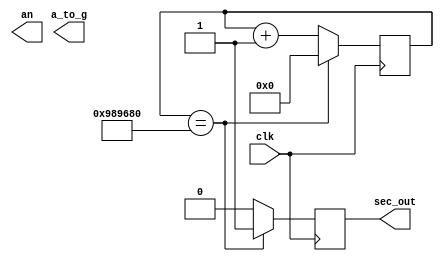
`timescale 1ns / 1ps
//////////////////////////////////////////////////////////////////////////////////
// Company: 
// Engineer: 
// 
// Design Name: 
// Module Name: sec_gen
// Project Name: 
// Target Devices: 
// Tool Versions: 
// Description: ,
// 
// Dependencies: 
// 
// Revision:
// Revision 0.01 - File Created
// Additional Comments:
// 
//////////////////////////////////////////////////////////////////////////////////
module one_sec_count(
    input clk,
    output reg [0:6] a_to_g,
    output reg [3:0] an,
    output reg sec_out
);

    reg [25:0] n;
    initial begin
        n <= 26'b0;
    end

    always @(posedge clk) begin
        if (n == 30'd10000000) begin
            n <= 26'd0;
        end
        else begin
            n <= n + 1;
        end
    end
    
    always @(posedge clk) begin
        if(n == 30'd10000000)begin
             sec_out <= 1'b1;  // 
        end
        else begin
            sec_out <= 1'b0;
        end
    end

endmodule